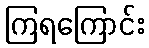
ကြရကြောင်း